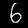
Digit: 6